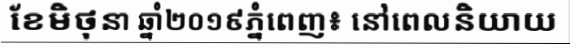
ខែមិថុនា ឆ្នាំ២០១៩ភ្នំពេញ៖ នៅពេលនិយាយ